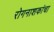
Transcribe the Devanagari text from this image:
रोगनाशकांचा